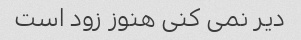
دیر نمی کنی هنوز زود است